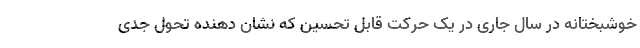
خوشبختانه در سال جاری در یک حرکت قابل تحسین که نشان دهنده تحول جدی